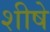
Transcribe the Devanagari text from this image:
शीषे